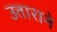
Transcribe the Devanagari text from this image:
उताराने